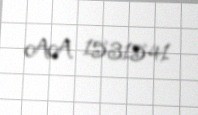
AA 1531541